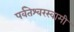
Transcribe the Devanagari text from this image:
पर्वतेश्‍वरस्वामी